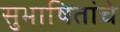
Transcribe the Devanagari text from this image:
सुभाषितांचे